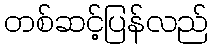
တစ်ဆင့်ပြန်လည်